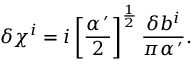
\delta \chi ^ { i } = i \left[ \frac { \alpha ^ { \, \prime } } { 2 } \right] ^ { \frac 1 2 } \frac { \delta b ^ { i } } { \pi \alpha ^ { \, \prime } } .